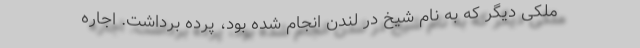
ملکی دیگر که به نام شیخ در لندن انجام شده بود، پرده برداشت. اجاره